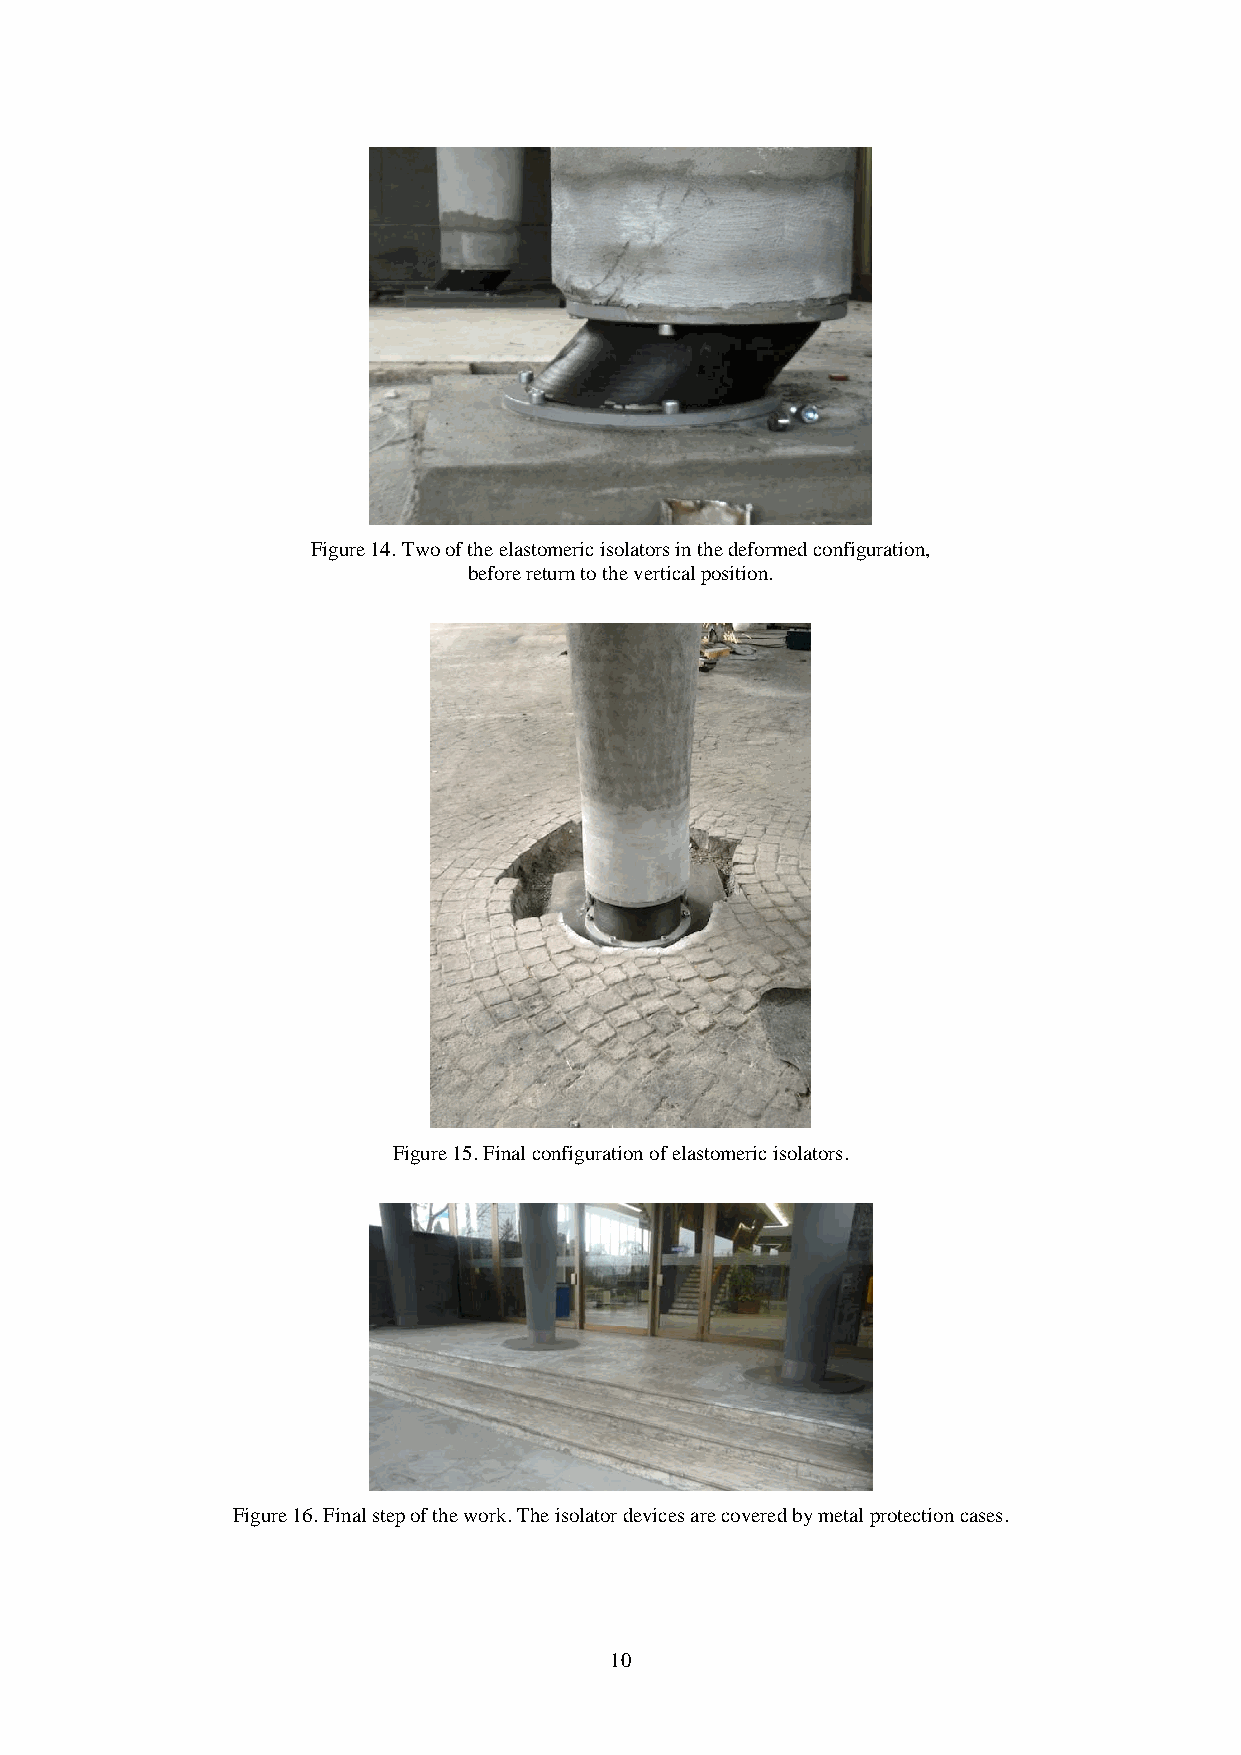
Figure 14. Two of the elastomeric isolators in the deformed configuration,
 before return to the vertical position.
 Figure 15. Final configuration of elastomeric isolators.
 Figure 16. Final step of the work. The isolator devices are covered by metal protection cases.
 10